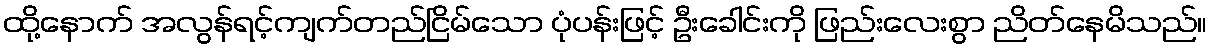
ထို့နောက် အလွန်ရင့်ကျက်တည်ငြိမ်သော ပုံပန်းဖြင့် ဦးခေါင်းကို ဖြည်းလေးစွာ ညိတ်နေမိသည်။